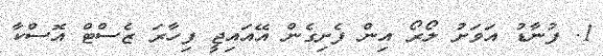
1. ފުނާޑު އަވަށު ލޯރޯ އިން ފެށިގެން އޭއައިޖީ ފިހާރަ ޒެސްޓް އޮސްކާ